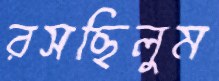
রসছিলুম